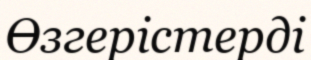
Өзгерістерді